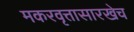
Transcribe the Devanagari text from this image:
मकरवृत्तासारखेच